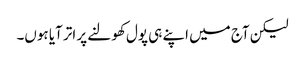
لیکن آج میں اپنے ہی پول کھولنے پر اتر آیا ہوں۔